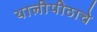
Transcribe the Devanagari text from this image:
थालीपीठाचे